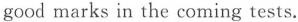
good marks in the coming tests.